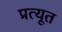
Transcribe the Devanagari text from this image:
प्रत्यूत